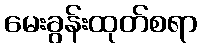
မေးခွန်းထုတ်စရာ